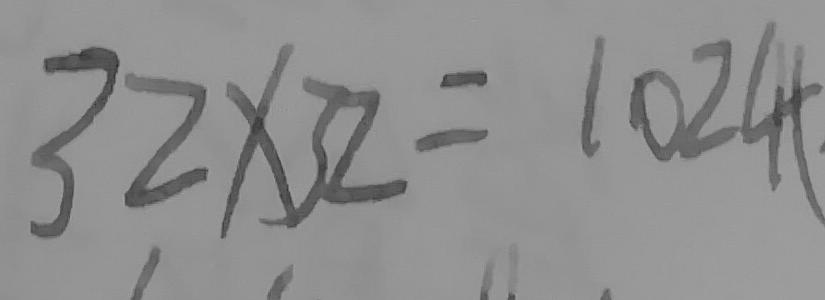
3 2 \times 3 2 = 1 0 2 4